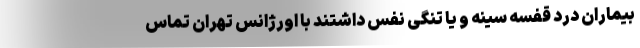
بیماران درد قفسه سینه و یا تنگی نفس داشتند با اورژانس تهران تماس